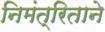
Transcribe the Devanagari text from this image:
निमंत्रिताने